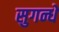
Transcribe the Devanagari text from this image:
सुगन्धे